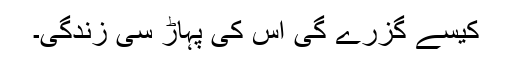
کیسے گزرے گی اس کی پہاڑ سی زندگی۔